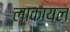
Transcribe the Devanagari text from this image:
लाकायल